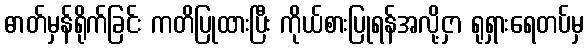
ဓာတ်မှန်ရိုက်ခြင်း ကတိပြုထားပြီး ကိုယ်စားပြုရန်အလို့ငှာ ရုရှားရေတပ်မှ